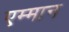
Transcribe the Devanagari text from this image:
एम्मान